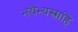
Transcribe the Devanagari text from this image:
भयैभ्यस्त्राहि